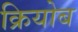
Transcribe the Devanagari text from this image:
क्रियोब